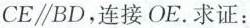
$$C E \parallel B D$$,连接OE.求证: